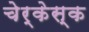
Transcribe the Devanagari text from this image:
चेर्केस्क